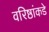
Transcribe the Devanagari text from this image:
वरिष्ठांकडे